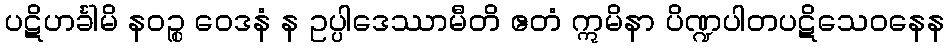
ပဋိဟင်္ခါမိ နဝဉ္စ ဝေဒနံ န ဥပ္ပါဒေဿာမီတိ ဧတံ ဣမိနာ ပိဏ္ဍပါတပဋိသေဝနေန